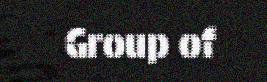
Group of